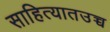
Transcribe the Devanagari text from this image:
साहित्यातउच्च